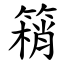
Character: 䈾